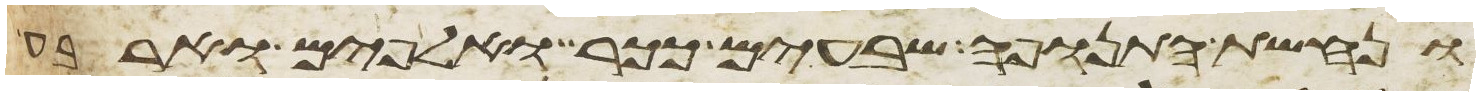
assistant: ונחשת התנופה שבעים ככר ואלפים וארבע